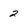
Character: 2